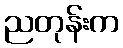
ညတုန်းက